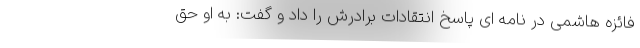
فائزه هاشمی در نامه ای پاسخ انتقادات برادرش را داد و گفت: به او حق